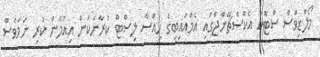
މޯލްޑިވްސް ސްޓޮކް އެކްސްޗޭންޖްގައި އެމްއައިބީގެ ހިއްސާ ލިސްޓް ކުރާނެކަން އިއުލާން ކުރި ނަމަވެސް